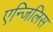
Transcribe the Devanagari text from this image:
एन्जिलिस